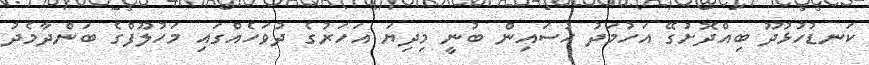
ކަނޑުހުޅުދޫ ބިއްދޮށުގޭ އަހުމަދު ހުސައިން ބުނީ މިދިޔަ އަހަރުގެ ދުވަހެއްގައި މަހުލޫފްގެ ބަންދާމެދު